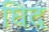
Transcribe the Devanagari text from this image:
घिद